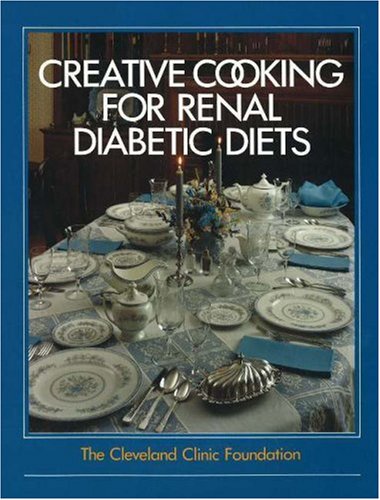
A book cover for The Cleveland Clinic Foundation Creative Cooking for Renal Diabetic Diets; Pat Ellis; Health, Fitness & Dieting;